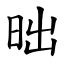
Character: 昢